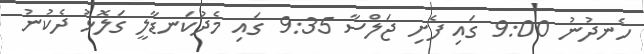
ހެނދުނު 9:00 ގައި ފެށި ޖަލްސާ 9:35 ގައި މެދުކަނޑާލީ ގަލޮޅު ދެކުނު